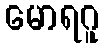
မောရဂူ